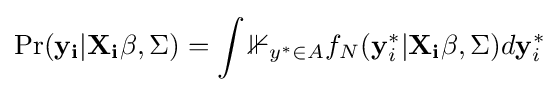
\Pr(\mathbf {y_{i}} |\mathbf {X_{i}\beta } ,\Sigma )=\int \mathbb {1} _{y^{*}\in A}f_{N}(\mathbf {y} _{i}^{*}|\mathbf {X_{i}\beta } ,\Sigma )d\mathbf {y} _{i}^{*}